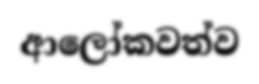
ආලෝකවත්ව